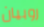
روبيان